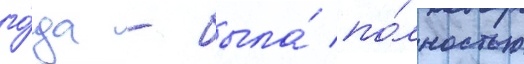
го́да - была́ по́лностью